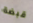
قبضة